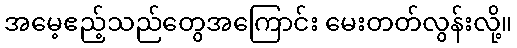
အမေ့ဧည့်သည်တွေအကြောင်း မေးတတ်လွန်းလို့။